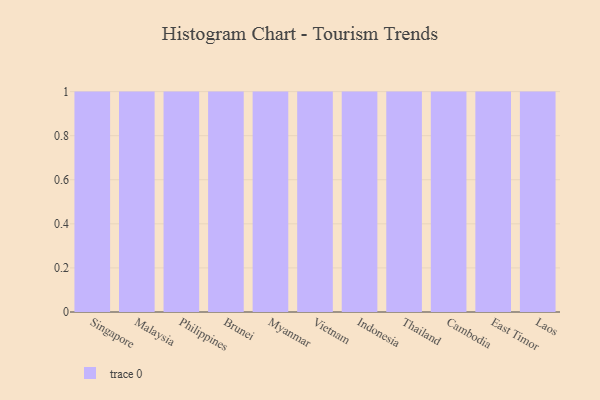
{"axis": {"x": "Country", "y": "Active Users"}, "legend": [""], "data": [{"x": "Singapore", "y": 42, "type": ""}, {"x": "Malaysia", "y": 23, "type": ""}, {"x": "Philippines", "y": 13, "type": ""}, {"x": "Brunei", "y": 57, "type": ""}, {"x": "Myanmar", "y": 62, "type": ""}, {"x": "Vietnam", "y": 69, "type": ""}, {"x": "Indonesia", "y": 82, "type": ""}, {"x": "Thailand", "y": 95, "type": ""}, {"x": "Cambodia", "y": 67, "type": ""}, {"x": "East Timor", "y": 50, "type": ""}, {"x": "Laos", "y": 5, "type": ""}]}